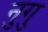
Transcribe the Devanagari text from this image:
नुगु